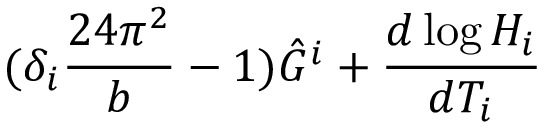
( \delta _ { i } \frac { 2 4 \pi ^ { 2 } } { b } - 1 ) \hat { G } ^ { i } + \frac { d \log H _ { i } } { d T _ { i } }